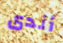
أندى